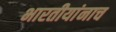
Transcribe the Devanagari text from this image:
भारतीयांनाच